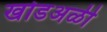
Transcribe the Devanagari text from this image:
खोडअळी